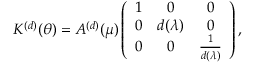
K ^ { ( d ) } ( \theta ) = A ^ { ( d ) } ( \mu ) \left( \begin{array} { c c c } { { 1 } } & { { 0 } } & { { 0 } } \\ { { 0 } } & { { d ( \lambda ) } } & { { 0 } } \\ { { 0 } } & { { 0 } } & { { \frac { 1 } { d ( \lambda ) } } } \end{array} \right) ,